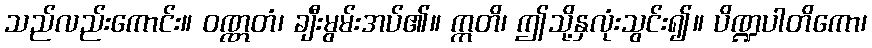
သည်လည်းကောင်း။ ဝဏ္ဏတံ၊ ချီးမွမ်းအပ်၏။ ဣတိ၊ ဤသို့နှလုံးသွင်း၍။ ပိဏ္ဍပါတိကော၊